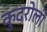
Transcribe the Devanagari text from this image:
कुदरोली